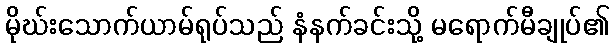
မိုဃ်းသောက်ယာမ်ရုပ်သည် နံနက်ခင်းသို့ မရောက်မီချုပ်၏